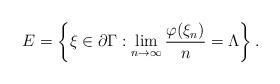
LaTeX: \begin{align*}E = \left\{ \xi \in \partial \Gamma: \lim_{n\to\infty} \frac{\varphi(\xi_n)}{n} = \Lambda \right\}.\end{align*}